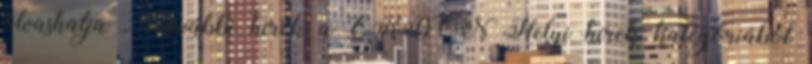
olvashatja . További hírek a ERDON Helyi hírek kategóriából